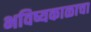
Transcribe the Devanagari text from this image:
भविष्यकाळाचा